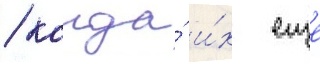
/ когда́ и́х еще